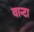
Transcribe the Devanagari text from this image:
वान्टा